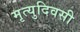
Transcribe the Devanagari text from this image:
मृत्युदिवसी